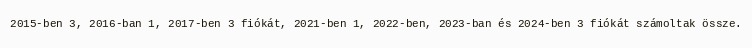
2015-ben 3, 2016-ban 1, 2017-ben 3 fiókát, 2021-ben 1, 2022-ben, 2023-ban és 2024-ben 3 fiókát számoltak össze.